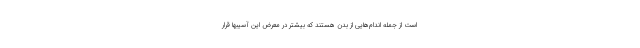
است از جمله اندام‌هایی از بدن هستند که بیشتر در معرض این آسیبها قرار